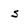
Character: s